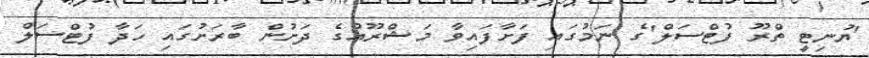
'ޔުނިޓީ ތްރޫ ފުޓްސަލް'ގެ ނަމުގައި ފަށާފައިވާ މަޝްރޫއުގެ ދަށުން ބާރަށުގައި ހަދާ ފުޓްސަލް